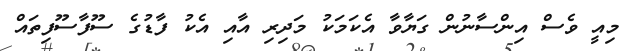
މިއީ ވެސް އިންސާނުން ގަޔާވާ އެކަމަކު މަދިރި އާއި އެކު ފާޑުގެ ސޫފާސޫފިތައް